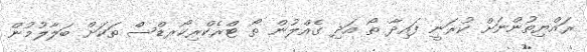
ރައްޔިތުންނަށް ކުރަނީ ފައިދާ ތޯ އަދި ގެއްލުން ތޯ ޓްރެކްރިކޯރޑްސް ތަކަށް ބަލާލުމުން